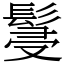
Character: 䯹